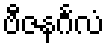
ဗီဇနင်္ဂလံ